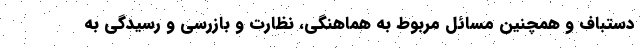
دستباف و همچنین مسائل مربوط به هماهنگی، نظارت و بازرسی و رسیدگی به